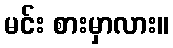
မင်း စားမှာလား။